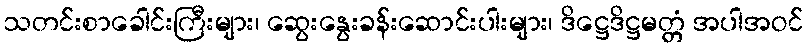
သတင်းစာခေါင်းကြီးများ၊ ဆွေးနွေးခန်းဆောင်းပါးများ၊ ဒိဋ္ဌေဒိဋ္ဌမတ္တံ အပါအဝင်